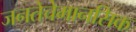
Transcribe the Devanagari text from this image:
जनतेचेमानसिक